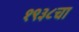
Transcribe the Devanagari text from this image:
१९३८चा